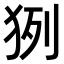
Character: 𤞊